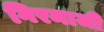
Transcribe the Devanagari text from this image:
गिरमाजी